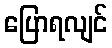
ပြောရလျင်